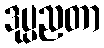
ဒုပ္ပညတာ